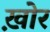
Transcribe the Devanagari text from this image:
ख़ोर